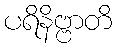
ပရိနိဗ္ဗာတိ